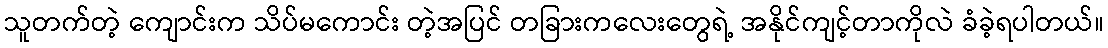
သူတက်တဲ့ ကျောင်းက သိပ်မကောင်း တဲ့အပြင် တခြားကလေးတွေရဲ့ အနိုင်ကျင့်တာကိုလဲ ခံခဲ့ရပါတယ်။